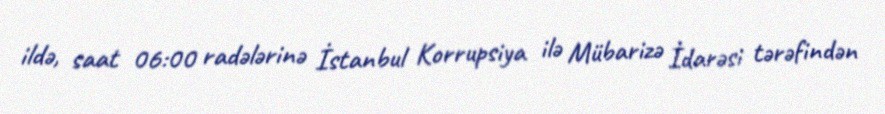
ildə, saat 06:00 radələrinə İstanbul Korrupsiya ilə Mübarizə İdarəsi tərəfindən